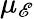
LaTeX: \mu_{\mathscr{E}}